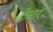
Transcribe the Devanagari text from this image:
द्नीस्टर